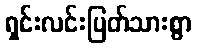
ရှင်းလင်းပြတ်သားစွာ